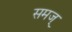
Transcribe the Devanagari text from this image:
समज्